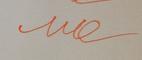
Signature authenticity: forged